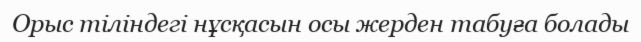
Орыс тіліндегі нұсқасын осы жерден табуға болады